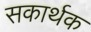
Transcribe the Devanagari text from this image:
सकार्थक